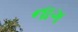
નાગ